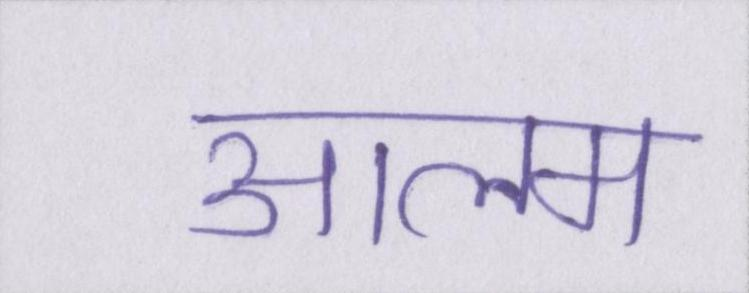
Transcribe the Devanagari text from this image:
आलम